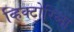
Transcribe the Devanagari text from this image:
व्हिक्टोरिव्ना